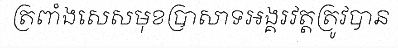
ត្រពាំងសេសមុខប្រាសាទអង្គរវត្តត្រូវបាន